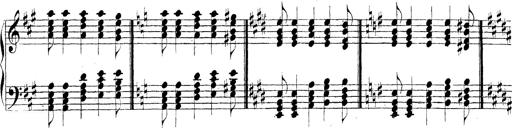
Title: Technische Studien
Composer: Franz Liszt